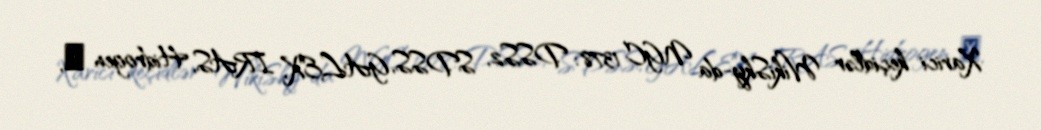
Xarici keçidlər WikiSky-da NGC 1378: DSS2, SDSS, GALEX, IRAS, Hidrogen α,